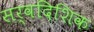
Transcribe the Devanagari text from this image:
सर्वदिशिक